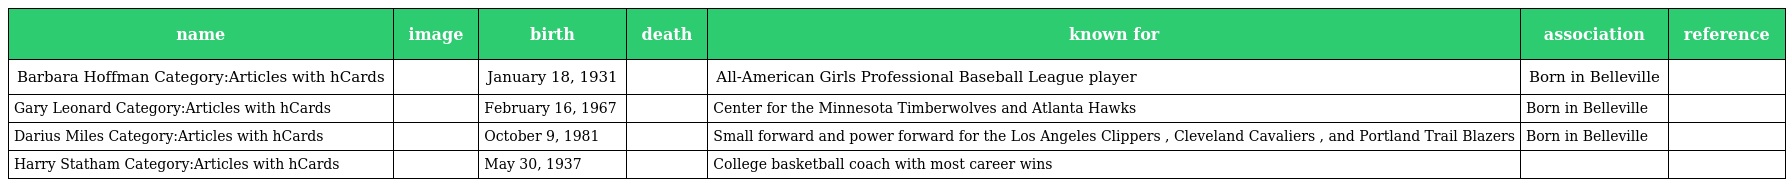
| name | image | birth | death | known for | association | reference |
 | --- | --- | --- | --- | --- | --- | --- |
 | Barbara Hoffman Category:Articles with hCards |  | January 18, 1931 |  | All-American Girls Professional Baseball League player | Born in Belleville |  |
 | Gary Leonard Category:Articles with hCards |  | February 16, 1967 |  | Center for the Minnesota Timberwolves and Atlanta Hawks | Born in Belleville |  |
 | Darius Miles Category:Articles with hCards |  | October 9, 1981 |  | Small forward and power forward for the Los Angeles Clippers , Cleveland Cavaliers , and Portland Trail Blazers | Born in Belleville |  |
 | Harry Statham Category:Articles with hCards |  | May 30, 1937 |  | College basketball coach with most career wins |  |  |